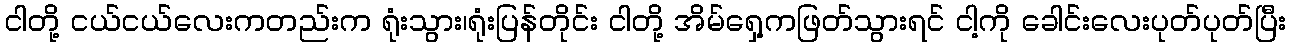
ငါတို့ ငယ်ငယ်လေးကတည်းက ရုံးသွား၊ရုံးပြန်တိုင်း ငါတို့ အိမ်ရှေ့ကဖြတ်သွားရင် ငါ့ကို ခေါင်းလေးပုတ်ပုတ်ပြီး